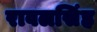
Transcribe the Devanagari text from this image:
रावलसिंह